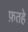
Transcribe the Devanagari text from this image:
फ़तहे